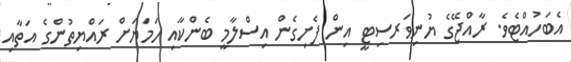
އެބަހުއްޓެވެ. ރާއްޖޭގެ ޔުނިވަރސިޓީ އިން ފެށިގެން އިސްލާމީ ބެންކާއި ހަމަޔަށް ރައްޔިތުންގެ އަތާއި